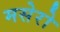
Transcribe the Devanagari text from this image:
मसेरो